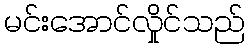
မင်းအောင်လှိုင်သည်